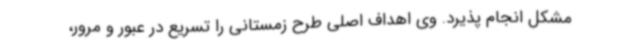
مشکل انجام پذیرد. وی اهداف اصلی طرح زمستانی را تسریع در عبور و مرور،